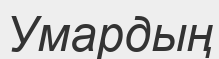
Умардың